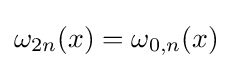
\omega _{2n}(x)=\omega _{0,n}(x)